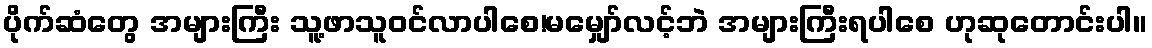
ပိုက်ဆံတွေ အများကြီး သူ့ဖာသူဝင်လာပါစေ!မမျှော်လင့်ဘဲ အများကြီးရပါစေ ဟုဆုတောင်းပါ။